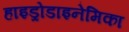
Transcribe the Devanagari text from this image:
हाइड्रोडाइनेमिका